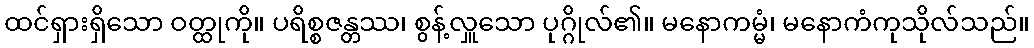
ထင်ရှားရှိသော ဝတ္ထုကို။ ပရိစ္စဇန္တဿ၊ စွန့်လှူသော ပုဂ္ဂိုလ်၏။ မနောကမ္မံ၊ မနောကံကုသိုလ်သည်။